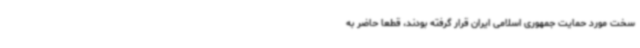
سخت مورد حمایت جمهوری اسلامی ایران قرار گرفته بودند، قطعاً حاضر به